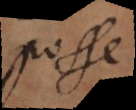
posse